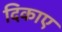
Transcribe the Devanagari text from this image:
दिकाए